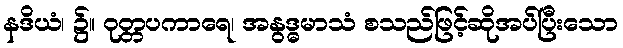
နဒိယံ၊ ၌။ ဝုတ္တပကာရေ၊ အနွဒ္ဓမာသံ စသည်ဖြင့်ဆိုအပ်ပြီးသော